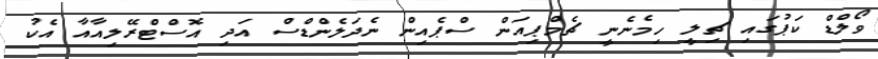
ވޯލްޑް ކަޕުގައި ޗިލީ ހިމެނެނީ ޗެމްޕިއަން ސްޕެއިން ނެދަލެންޑްސް އަދި އޮސްޓްރޭލިއާއާ އެކު